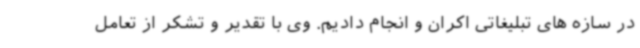
در سازه های تبلیغاتی اکران و انجام دادیم. وی با تقدیر و تشکر از تعامل